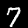
Digit: 7